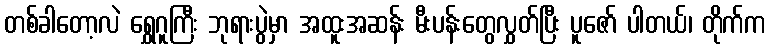
တစ်ခါတော့လဲ ရွှေဂူကြီး ဘုရားပွဲမှာ အထူးအဆန်း မီးပန်းတွေလွှတ်ပြီး ပူဇော် ပါတယ်၊ တိုက်က